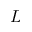
L